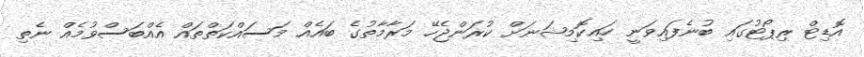
އޮޑިޓް ރިޕޯޓުގައި ބުނެފައިވަނީ ހައިކޮމިޝަނަށް ކުރަންޖެހޭ މަރާމާތުގެ ބައެއް މަސައްކަތްތައް އެއްބަސްވުމެއް ނެތި